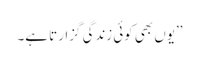
’’یوں بھی کوئی زندگی گزارتا ہے۔